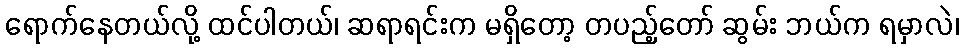
ရောက်နေတယ်လို့ ထင်ပါတယ်၊ ဆရာရင်းက မရှိတော့ တပည့်တော် ဆွမ်း ဘယ်က ရမှာလဲ၊